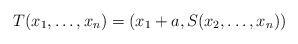
LaTeX: \begin{align*} T(x_1,\dotsc,x_n) = ( x_1 + a , S ( x_2 , \dotsc , x_n) ) \end{align*}